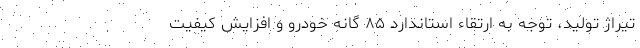
تیراژ تولید، توجه به ارتقاء استاندارد ۸۵ گانه خودرو و افزایش کیفیت